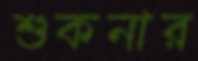
শুকনার